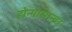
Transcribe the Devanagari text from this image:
होन्गासान्द्रा